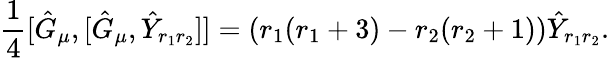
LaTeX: \frac{1}{4}[\hat{G}_{\mu},[\hat{G}_{\mu},\hat{Y}_{r_{1}r_{2}}]]=\left(r_{1}(r_{1}+3)-r_{2}(r_{2}+1)\right)\hat{Y}_{r_{1}r_{2}}.